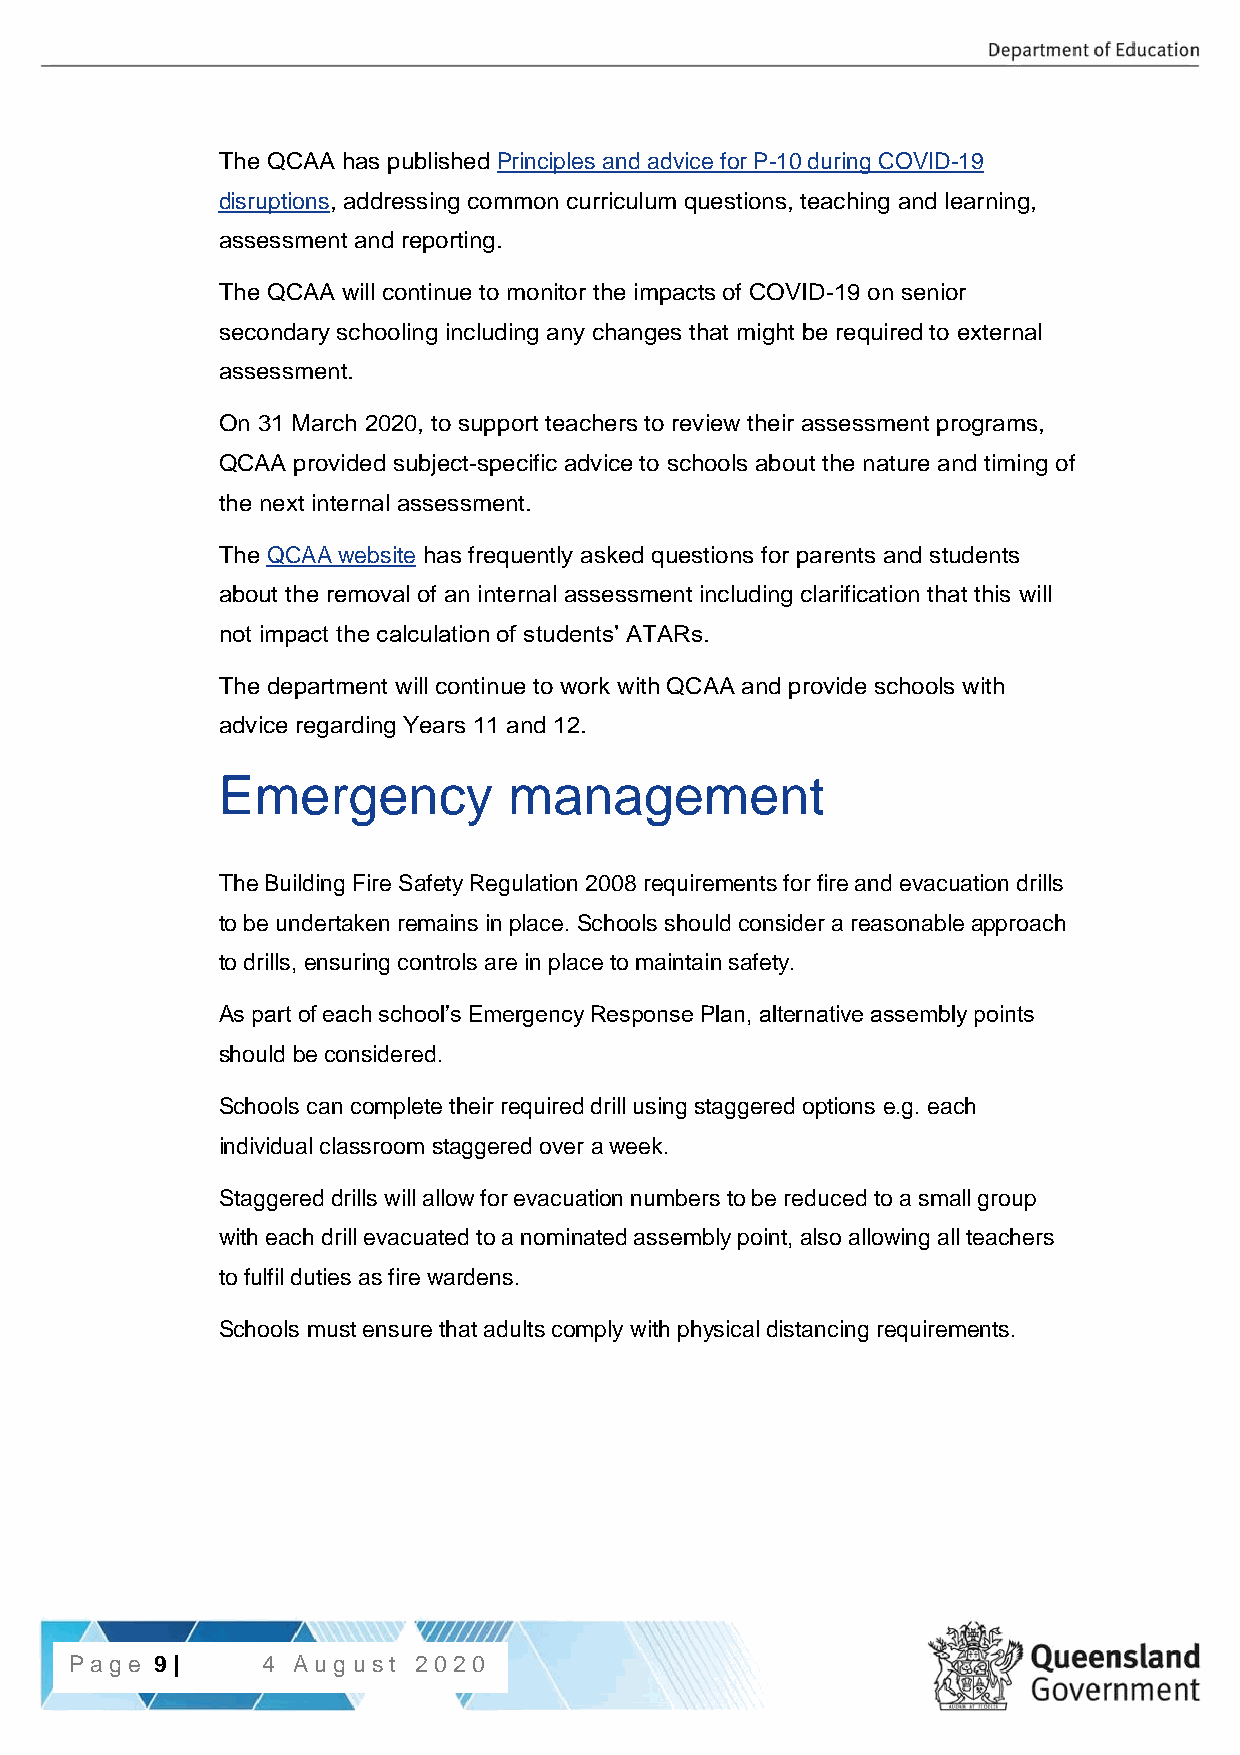
The QCAA has published Principles and advice for P-10 during COVID-19
 disruptions, addressing common curriculum questions, teaching and learning,
 assessment and reporting.
 The QCAA will continue to monitor the impacts of COVID-19 on senior
 secondary schooling including any changes that might be required to external
 assessment.
 On 31 March 2020, to support teachers to review their assessment programs,
 QCAA provided subject-specific advice to schools about the nature and timing of
 the next internal assessment.
 The QCAA website has frequently asked questions for parents and students
 about the removal of an internal assessment including clarification that this will
 not impact the calculation of students’ ATARs.
 The department will continue to work with QCAA and provide schools with
 advice regarding Years 11 and 12.
 Emergency           management
 The Building Fire Safety Regulation 2008 requirements for fire and evacuation drills
 to be undertaken remains in place. Schools should consider a reasonable approach
 to drills, ensuring controls are in place to maintain safety.
 As part of each school’s Emergency Response Plan, alternative assembly points
 should be considered.
 Schools can complete their required drill using staggered options e.g. each
 individual classroom staggered over a week.
 Staggered drills will allow for evacuation numbers to be reduced to a small group
 with each drill evacuated to a nominated assembly point, also allowing all teachers
 to fulfil duties as fire wardens.
 Schools must ensure that adults comply with physical distancing requirements.
 P9a | gPea g9 e| 4 Aug ust 2020